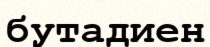
бутадиен